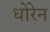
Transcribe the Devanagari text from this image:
धोरेन